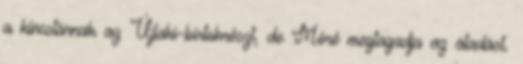
a kincstárnak az Újlaki-birtokrészt, de Móré megtagadja az átadást.